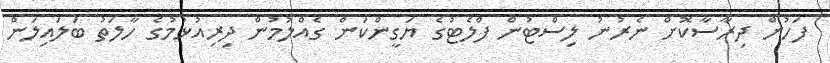
ފަހުން ދިރާސާކޮށް ނެރުނު ލިސްޓުން ފްްލެޓުގެ ޔަގީންކަން ގެއްލުމުން ދިރިއުޅުމުގެ ހާލަތު ބަލައިލަން